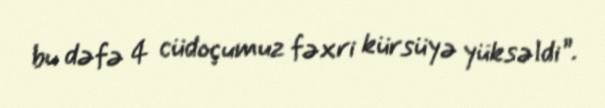
bu dəfə 4 cüdoçumuz fəxri kürsüyə yüksəldi”.